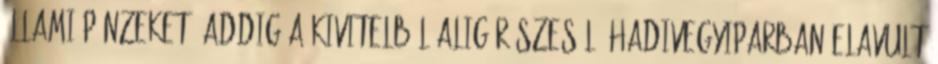
állami pénzeket, addig a kivitelből alig részesülő hadivegyiparban elavult